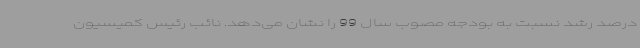
درصد رشد نسبت به بودجه مصوب سال 99 را نشان می‌دهد. نائب رئیس کمیسیون